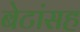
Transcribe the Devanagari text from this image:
बेटांसह